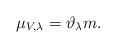
\begin{align*}\mu_{V,\lambda}=\vartheta_\lambda m.\end{align*}